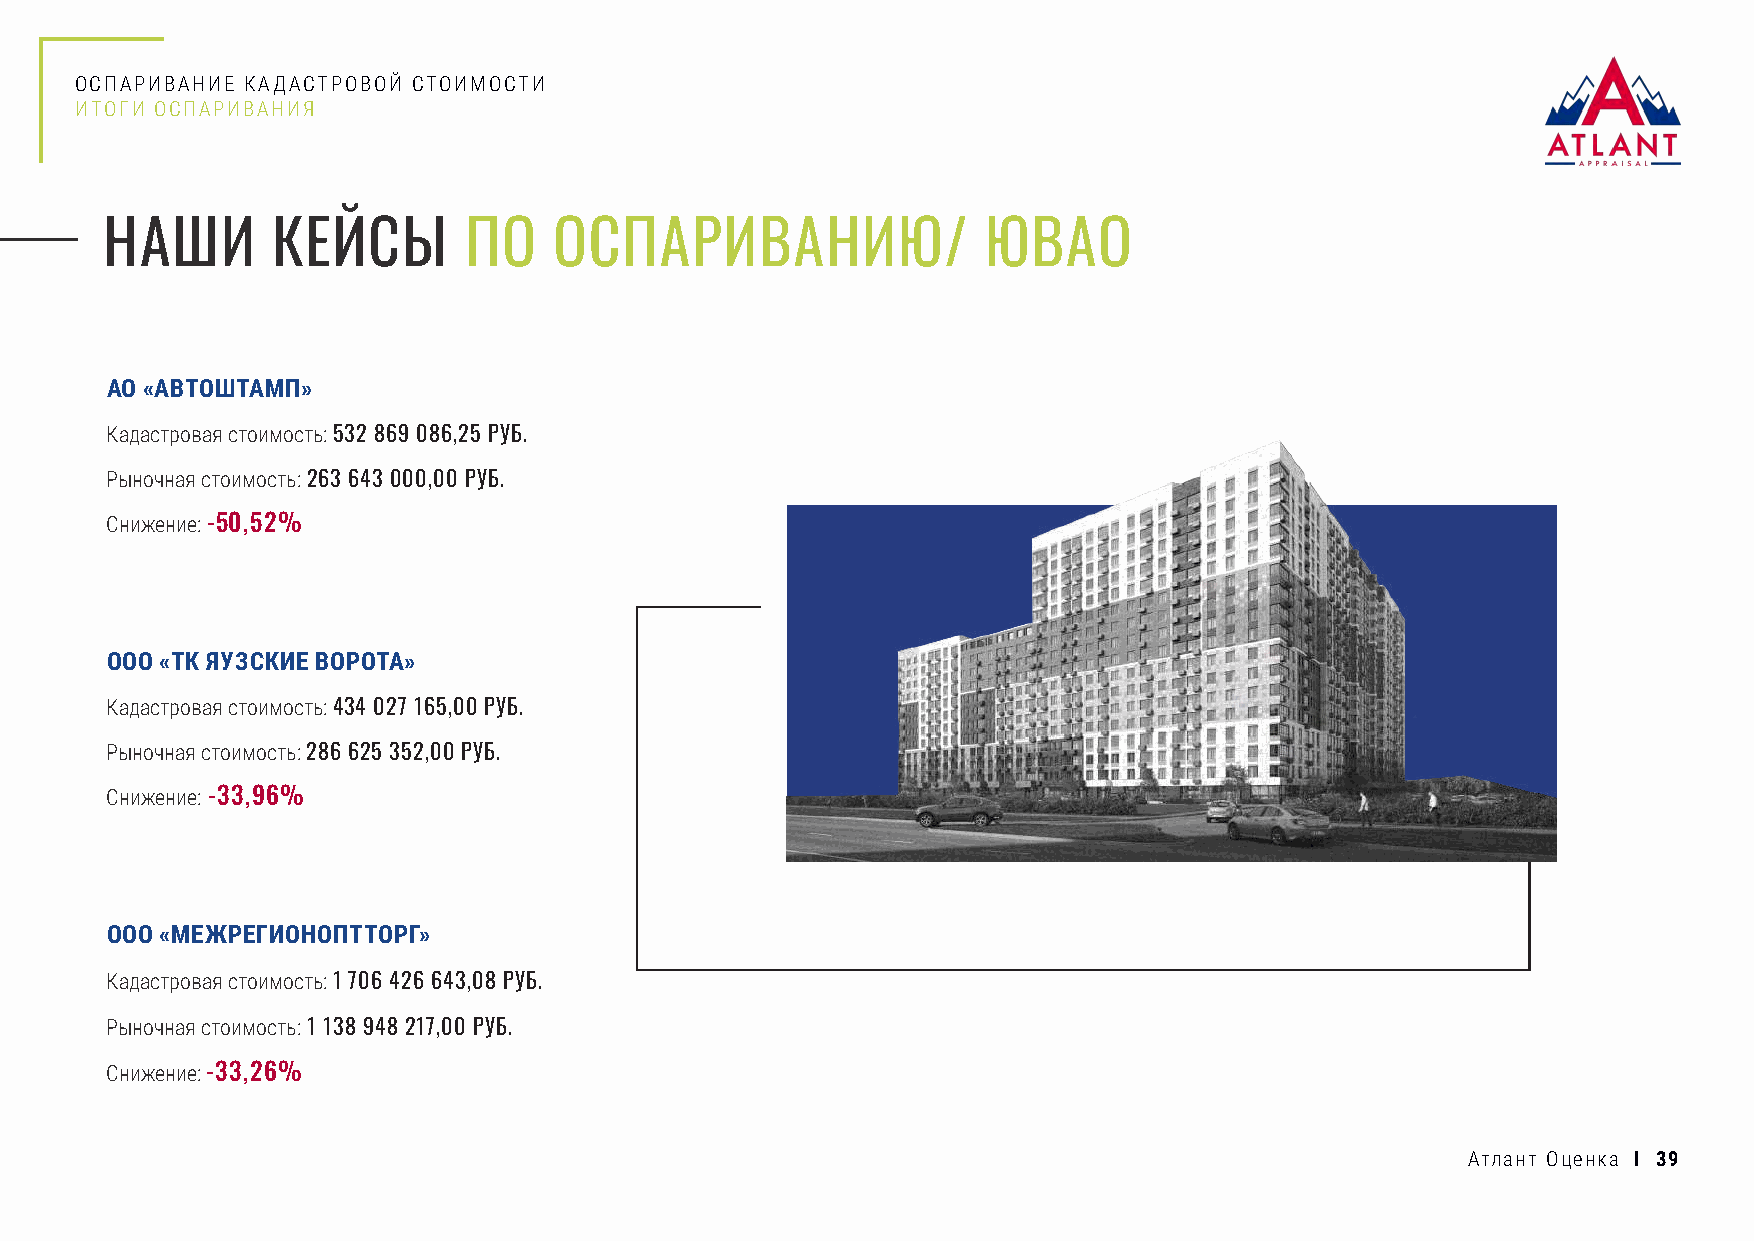
ОСПАРИВАНИЕ КАДАСТРОВОЙ СТОИМОСТИ
 ИТОГИ ОСПАРИВАНИЯ
 НАШИ       КЕЙСЫ        ПО    ОСПАРИВАНИЮ/                ЮВАО
 АО «АВТОШТАМП»
 Кадастровая стоимость: 532 869 086,25 РУБ.
 Рыночная стоимость: 263 643 000,00 РУБ.
 Снижение: -50,52%
 ООО «ТК ЯУЗСКИЕ ВОРОТА»
 Кадастровая стоимость: 434 027 165,00 РУБ.
 Рыночная стоимость: 286 625 352,00 РУБ.
 Снижение: -33,96%
 ООО «МЕЖРЕГИОНОПТТОРГ»
 Кадастровая стоимость: 1 706 426 643,08 РУБ.
 Рыночная стоимость: 1 138 948 217,00 РУБ.
 Снижение: -33,26%
 Атлант Оценка I 39